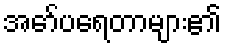
အော်ပရေတာများ၏